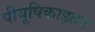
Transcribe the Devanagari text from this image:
पीयूषिकाइतर